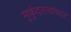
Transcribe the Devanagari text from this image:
मुकुंदरावांच्या